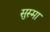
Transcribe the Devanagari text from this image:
सुस्मा